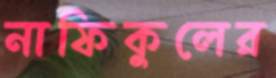
নাফিকুলের